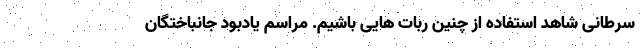
سرطانی شاهد استفاده از چنین ربات هایی باشیم. مراسم یادبود جانباختگان